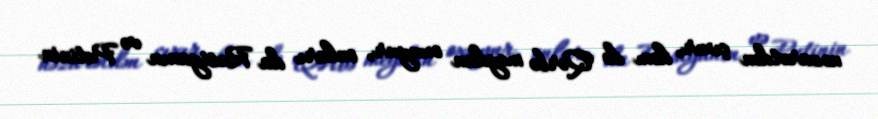
nəzarətdən çıxır, həm də Qərbə meydan oxuyur, onları da Rusiyanın və Putinin